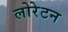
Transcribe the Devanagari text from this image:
लोरेटन